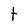
Character: t